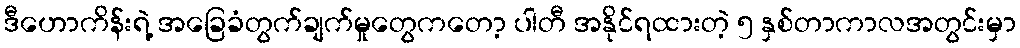
ဒီဟောကိန်းရဲ့ အခြေခံတွက်ချက်မှုတွေကတော့ ပါတီ အနိုင်ရထားတဲ့ ၅ နှစ်တာကာလအတွင်းမှာ